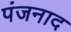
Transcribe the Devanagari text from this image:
पंजनाद